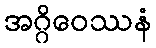
အဂ္ဂိဝေဿနံ